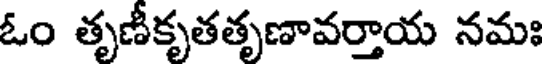
ఓం తృణీకృతతృణావర్తాయ నమః